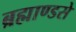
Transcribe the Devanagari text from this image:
ब्रह्माण्डसे